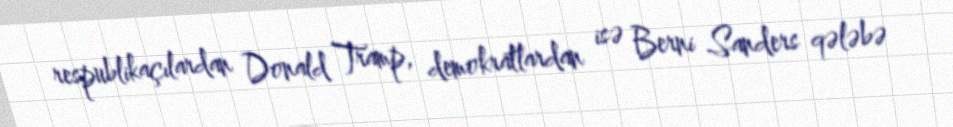
respublikaçılardan Donald Tramp, demokratlardan isə Berni Sanders qələbə